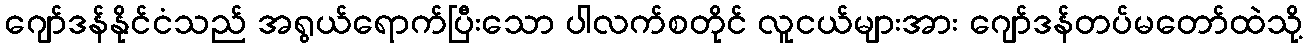
ဂျော်ဒန်နိုင်ငံသည် အရွယ်ရောက်ပြီးသော ပါလက်စတိုင် လူငယ်များအား ဂျော်ဒန်တပ်မတော်ထဲသို့